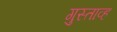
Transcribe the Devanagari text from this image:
गुस्ताव्ह